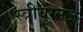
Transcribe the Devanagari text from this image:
स्त्रीयुग्मज